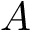
A